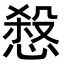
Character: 𢞒